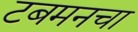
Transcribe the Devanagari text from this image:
टबमनचा